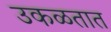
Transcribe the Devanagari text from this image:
उकळतात